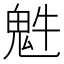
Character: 𩲍